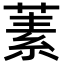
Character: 𬝚